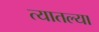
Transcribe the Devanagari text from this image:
त्‍यातल्‍या